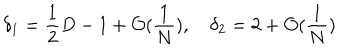
\delta _ { 1 } = \frac { 1 } { 2 } D - 1 + \mathcal { O } ( \frac { 1 } { N } ) , \quad \delta _ { 2 } = 2 + \mathcal { O } ( \frac { 1 } { N } )